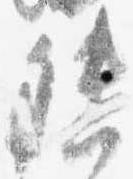
督